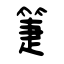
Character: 箑